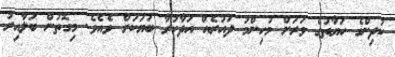
ކުދިންގެ ހަޔާތުގެ ވަރަށް މުހިންމު ދައުރެއް އަދާކުރާ ބަޔަކަށް ވެއެވެ. މިގޮތުން ބަލާއިރު